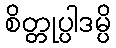
စိတ္တုပ္ပါဒမ္ပိ